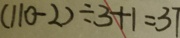
( 1 1 0 - 2 ) \div 3 + 1 = 3 7